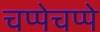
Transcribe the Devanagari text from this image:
चप्पेचप्पे